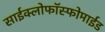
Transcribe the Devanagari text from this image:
साईक्लोफॉस्फोमाईड